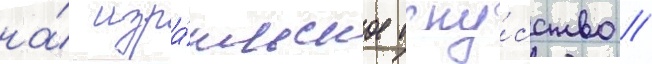
на́ изра́ильское иску́сство //